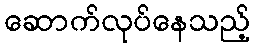
ဆောက်လုပ်နေသည့်